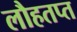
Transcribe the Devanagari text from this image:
लौहतप्त